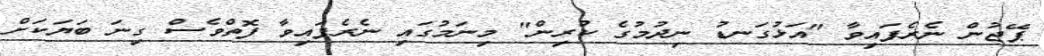
ޕޭޖުން ނެރެފައިވާ "އަޅުގަނޑު ނިދުމުގެ ކުރިން" މިނަމުގައި ނެރެފައިވާ ފޮތްވެސް ގިނަ ބަޔަކަށް